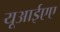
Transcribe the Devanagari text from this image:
यूआईएए